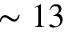
\sim 1 3